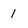
Character: l